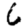
Digit: 6